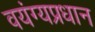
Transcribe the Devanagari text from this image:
वयंग्यप्रधान